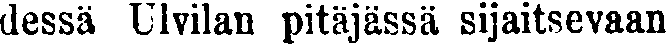
dessä Ulvilan pitäjässä sijaitsevaan